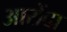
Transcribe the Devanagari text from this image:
आरोंदा